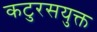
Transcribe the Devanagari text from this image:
कटुरसयुक्त